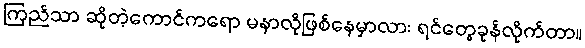
ကြည်သာ ဆိုတဲ့ကောင်ကရော မနာလိုဖြစ်နေမှာလား ရင်တွေခုန်လိုက်တာ။